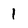
Character: 1